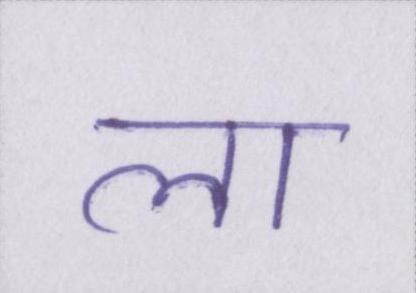
ला